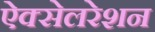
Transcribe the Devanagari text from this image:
ऐक्सेलरेशन